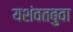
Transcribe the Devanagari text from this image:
यशंवतबुवा